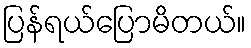
ပြန်ရယ်ပြောမိတယ်။